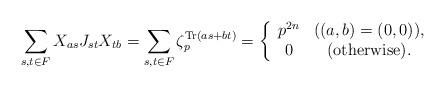
LaTeX: \begin{align*}\sum_{s, t \in F} X_{a s} J_{st} X_{tb} = \sum_{s, t \in F} \zeta_p^{{\rm Tr} (a s + b t)} = \left\{ \begin{array}{cc}p^{2 n} & ((a, b) = (0, 0)), \\0 & (\mbox{otherwise}). \end{array}\right.\end{align*}